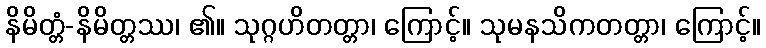
နိမိတ္တံ-နိမိတ္တဿ၊ ၏။ သုဂ္ဂဟိတတ္တာ၊ ကြောင့်။ သုမနသိကတတ္တာ၊ ကြောင့်။